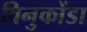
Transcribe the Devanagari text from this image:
विनुकोंडा